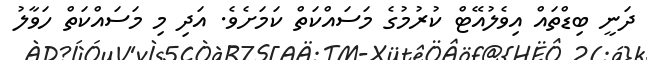
ދަނީ ބިޑްތައް އިވެލުއޭޓް ކުރުމުގެ މަސައްކަތް ކަމަށެވެ. އަދި މި މަސައްކަތް ހަވާލު